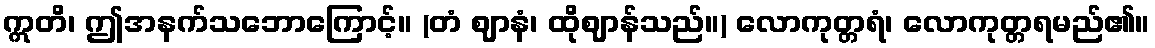
ဣတိ၊ ဤအနက်သဘောကြောင့်။ (တံ ဈာနံ၊ ထိုဈာန်သည်။) လောကုတ္တရံ၊ လောကုတ္တရမည်၏။